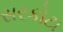
સરકોટા